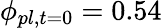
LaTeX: \phi_{pl,t=0}=0.54